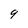
Character: 9